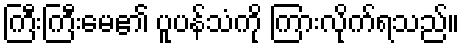
ကြီးကြီးမေ၏ ပူပန်သံကို ကြားလိုက်ရသည်။